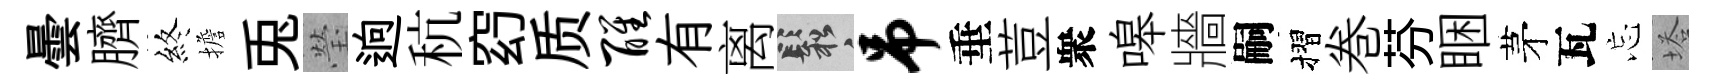
曇臍終擔兎瑩逈秔𥥆质醒有离鬆吊垂荳衆嗥牆嗣摺巻芬睏茅瓦忘塔